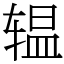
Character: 辒